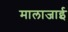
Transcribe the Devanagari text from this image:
मालाजाई